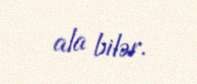
ala bilər.